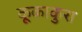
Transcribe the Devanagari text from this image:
कूकाकुरा